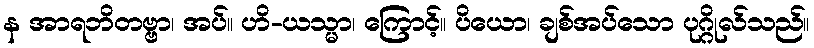
န အာရဘိတဗ္ဗာ၊ အပ်။ ဟိ-ယသ္မာ၊ ကြောင့်။ ပိယော၊ ချစ်အပ်သော ပုဂ္ဂိုလ်သည်။